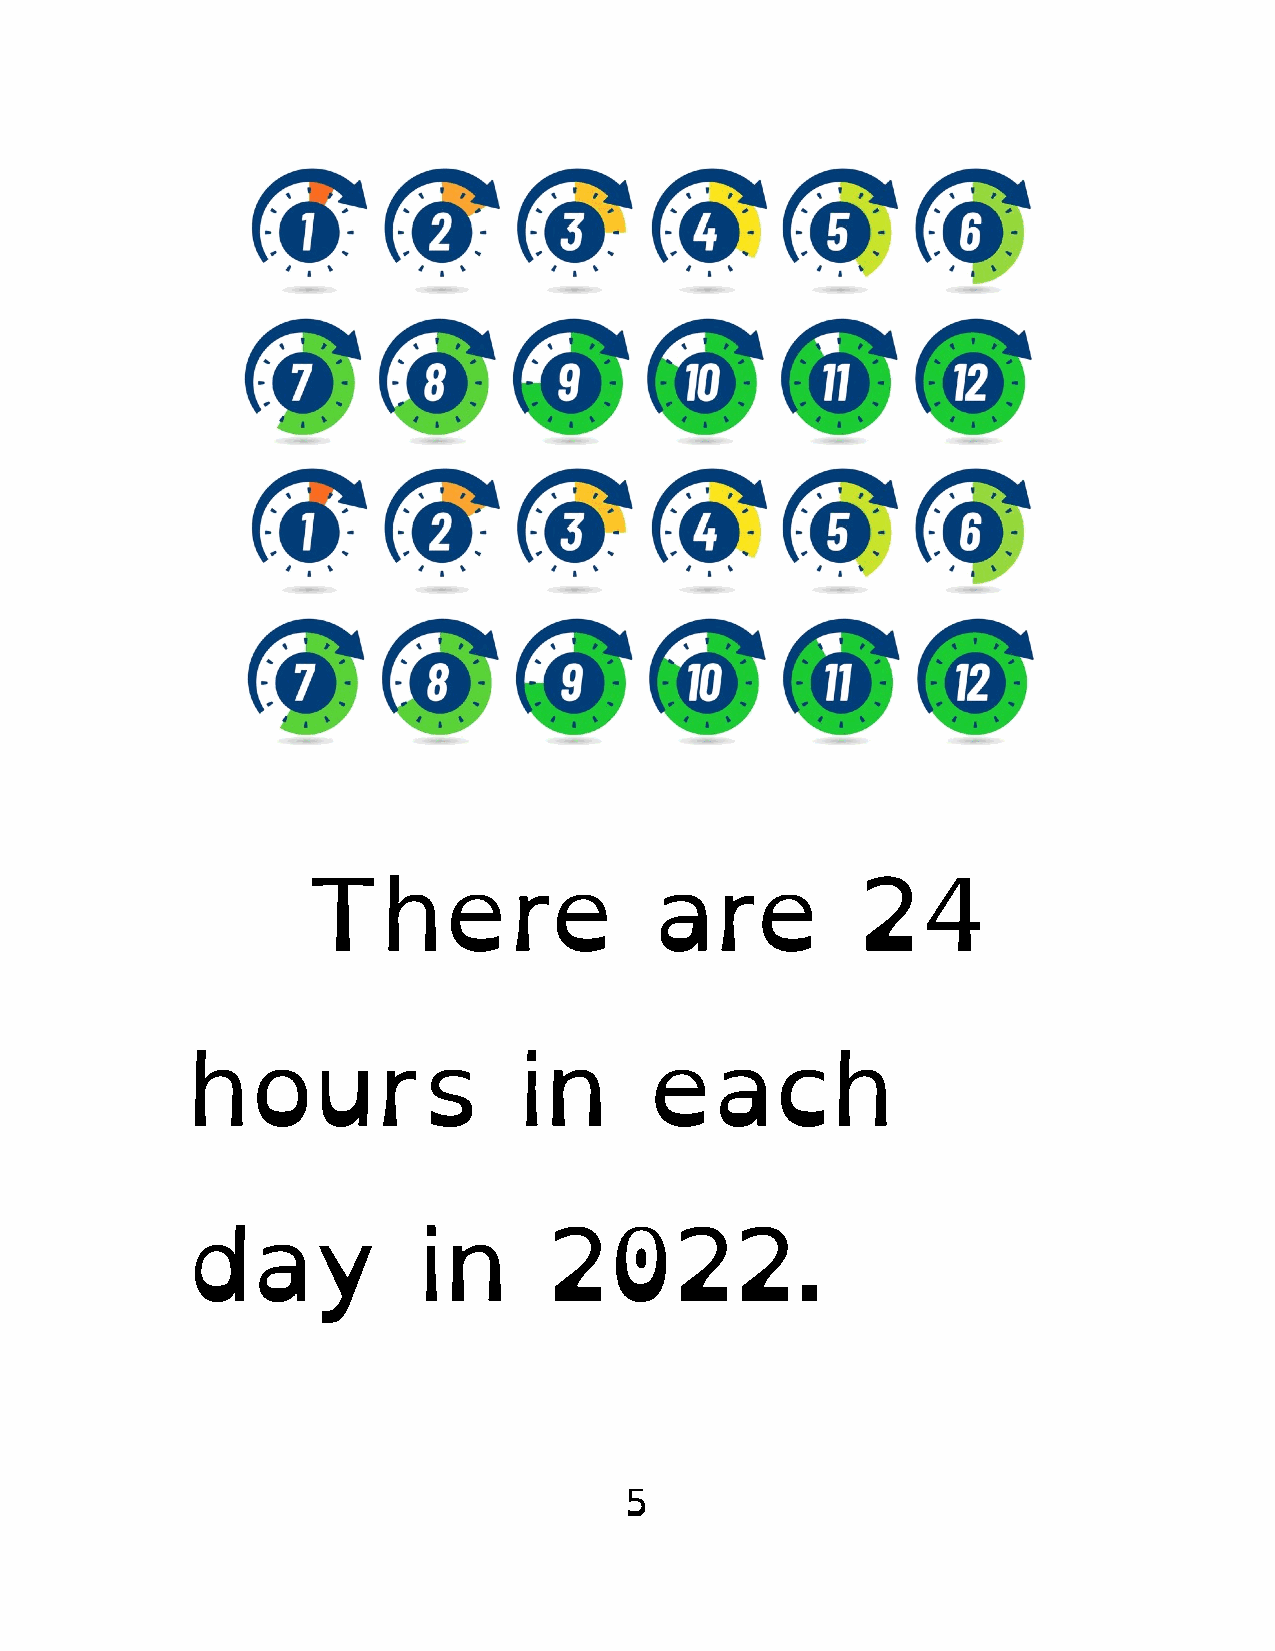
There                  are           24
 hours                 in       each
 day             in      2022.
 5